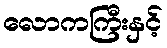
လောကကြီးနှင့်